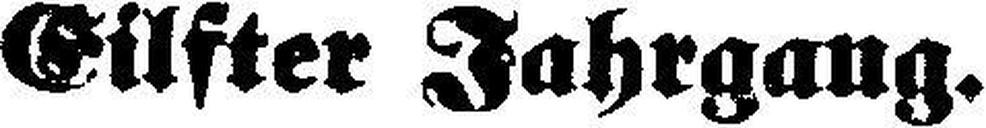
Eilfter Jahrgang.